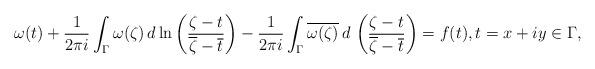
LaTeX: \begin{align*} \omega(t)+\frac{1}{2\pi i}\int_\Gamma \omega(\zeta)\,d\ln \left ( \frac{\zeta-t}{\overline{\zeta}-\overline{t}} \right )- \frac{1}{2\pi i}\int_\Gamma \overline{\omega(\zeta)}\, d\, \left (\frac{\zeta-t}{\overline{\zeta}-\overline{t}} \right ) =f(t),t=x+iy\in \Gamma,\end{align*}